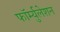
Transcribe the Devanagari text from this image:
फॉर्म्युलेशन